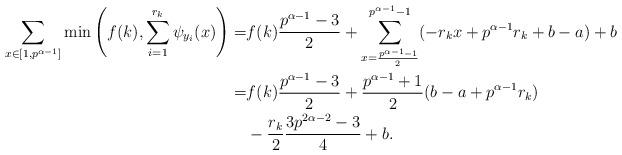
LaTeX: \begin{align*}\sum_{x \in [1, p^{\alpha-1}]}\min\left(f(k), \sum_{i=1}^{r_k} \psi_{y_i}(x) \right) =& f(k) \frac{p^{\alpha-1}-3}{2} + \sum_{x=\frac{p^{\alpha-1}-1}{2}}^{p^{\alpha-1}-1} (-r_k x + p^{\alpha-1}r_k + b -a) + b \\=&f(k)\frac{p^{\alpha-1}-3}{2} + \frac{p^{\alpha-1}+1}{2}(b-a+p^{\alpha-1}r_k)\\& - \frac{r_k}{2}\frac{3p^{2\alpha-2}-3}{4} + b.\end{align*}